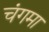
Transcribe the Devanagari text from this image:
चंगमा